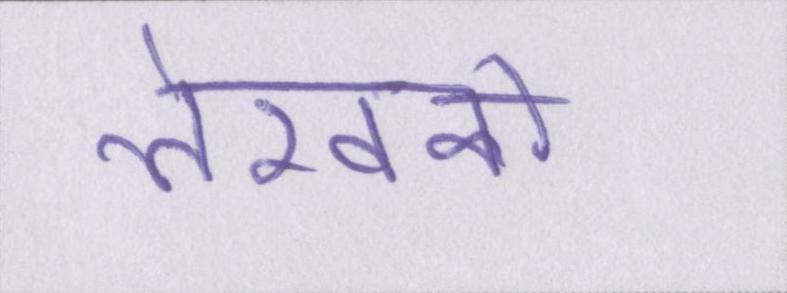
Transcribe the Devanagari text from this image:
लेखकों